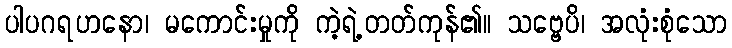
ပါပဂရဟနော၊ မကောင်းမှုကို ကဲ့ရဲ့တတ်ကုန်၏။ သဗ္ဗေပိ၊ အလုံးစုံသော